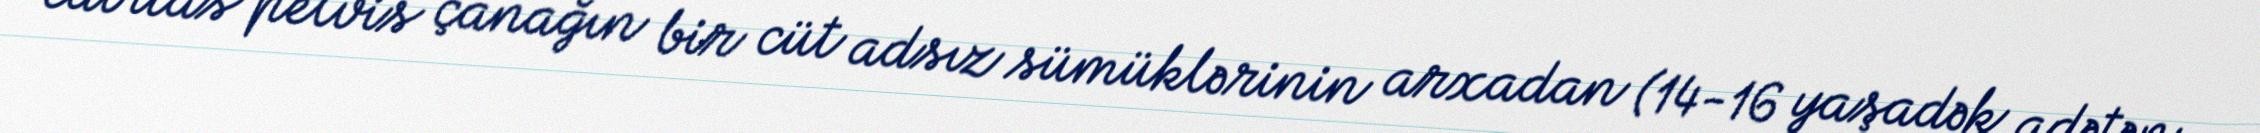
cavitas pelvis çanağın bir cüt adsız sümüklərinin arxadan (14-16 yaşadək adətən